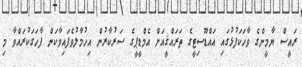
ރައީސް ޔާމީންގެ ވާހަކަފުޅުގައި އައްޑޫސިޓީގެ ތަރައްޤީއަށް އެމްޑީޕީގެ ސަރުކާރުން އިހުމާލުވެފައިވާކަން ފާހަގަކުރައްވާ މި